Report on vaccination North-West Frontier Province 1904-1922 - 1904-1922
Year: 1904
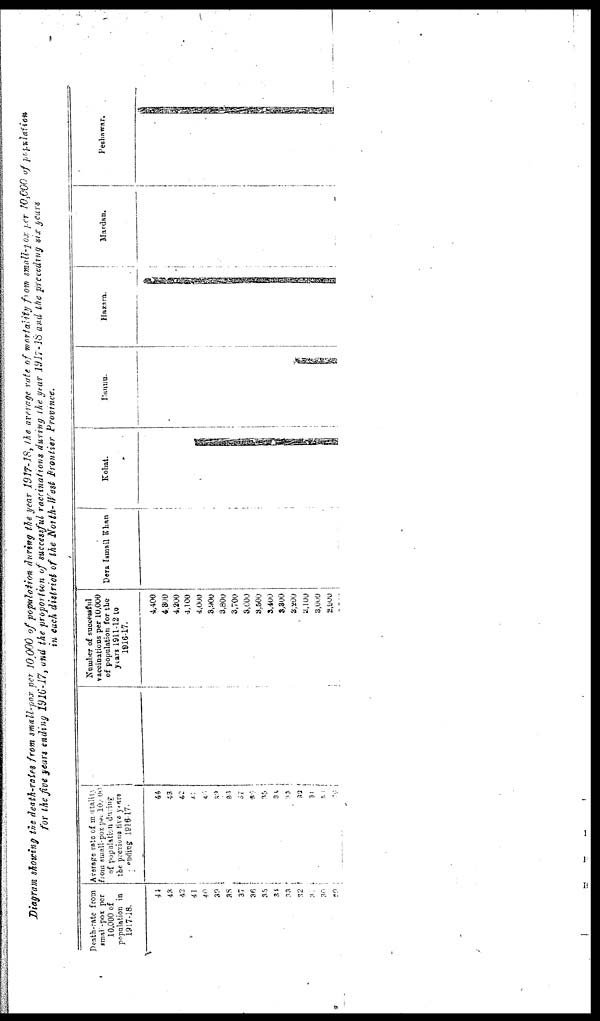
Diagram showing the death-rates from small-pox per 10,000 of population during the year 1917-18, the average rate of mortality from small-pox per 10,000 of population
for the five years ending 1916-17, and the proportion of successful vaccinations during the year 1917-18 and the preceding six years
in each district of the North-West frontier Province.